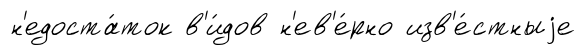
н'едоста́ток в'и́дов н'ев'е́рно изв'е́стныjе